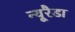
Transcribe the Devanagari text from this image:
न्यूरैडा